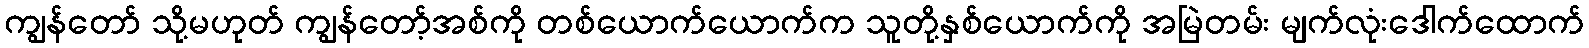
ကျွန်တော် သို့မဟုတ် ကျွန်တော့်အစ်ကို တစ်ယောက်ယောက်က သူတို့နှစ်ယောက်ကို အမြဲတမ်း မျက်လုံးဒေါက်ထောက်